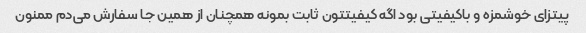
پیتزای خوشمزه و باکیفیتی بود اگه کیفیتتون ثابت بمونه همچنان از همین جا سفارش می‌دم ممنون